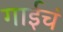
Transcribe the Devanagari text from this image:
गाईचं